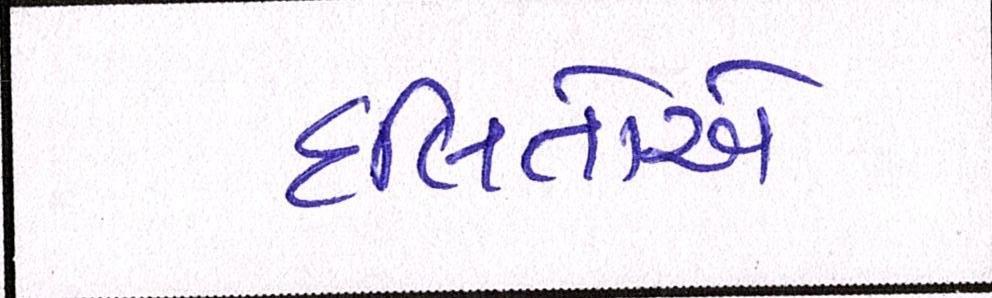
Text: દલિતોએ